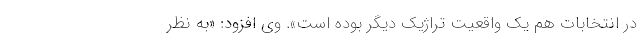
در انتخابات هم یک واقعیت تراژیک دیگر بوده است». وی افزود: «به نظر